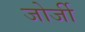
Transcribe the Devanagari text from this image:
जोर्जी